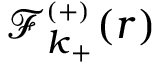
{ \mathcal { F } _ { \boldsymbol { k } _ { + } } ^ { _ { ( + ) } } ( \boldsymbol { r } ) }